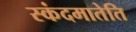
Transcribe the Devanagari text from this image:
स्कंदमातेति